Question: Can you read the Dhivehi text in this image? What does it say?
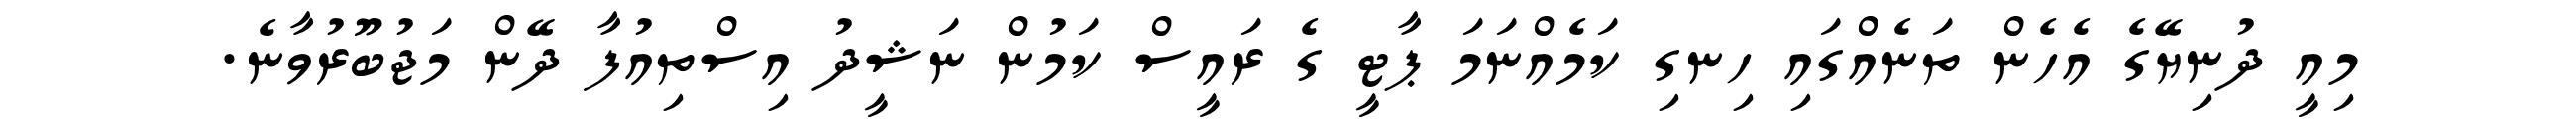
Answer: މިއީ ދުނިޔޭގެ އެހެން ތަނެއްގައި ހިނގި ކަމެއްނަމަ ޕާޓީ ގެ ރައީސް ކަމުން ނަޝީދު އިސްތިއުފާ ދޭން މަޖުބޫރުވާނެ.